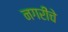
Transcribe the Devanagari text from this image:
नगरींचे